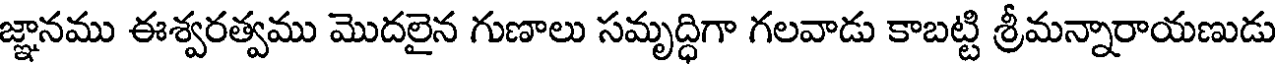
జ్ఞానము ఈశ్వరత్వము మొదలైన గుణాలు సమృద్ధిగా గలవాడు కాబట్టి శ్రీమన్నారాయణుడు